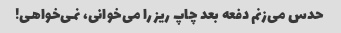
حدس می‌زنم دفعه بعد چاپ ریز را می‌خوانی، نمی‌خواهی!